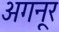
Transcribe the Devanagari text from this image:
अगनूर